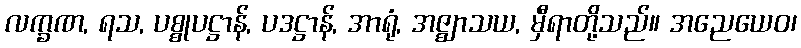
လက္ခဏ, ရသ, ပစ္စုပဋ္ဌာန်, ပဒဋ္ဌာန်, အာရုံ, အဇ္ဈာသယ, မှီရာတို့သည်။ အညေယေဝ၊